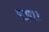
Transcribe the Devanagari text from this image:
फाग।